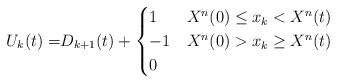
LaTeX: \begin{align*} U_k(t) =&D_{k+1}(t)+\begin{cases} 1 & X^n(0) \leq x_k< X^n(t) \\-1 & X^n(0)>x_k\geq X^n(t) \\ 0 &\end{cases}\end{align*}